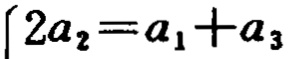
\(2a_{2}=a_{1}+a_{3}\)